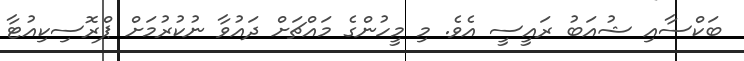
ބަކްސާއި ޝުއަބު ރައީސީ އެވެ. މި މީހުންގެ މައްޗަށް ދައުވާ ނުކުރުމަށް ޕްރޮސިކިއުޓާ